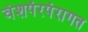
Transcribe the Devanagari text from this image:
वंशपंरपंरागत